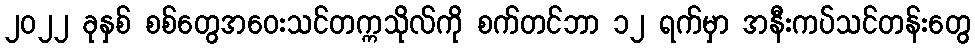
၂၀၂၂ ခုနှစ် စစ်တွေအဝေးသင်တက္ကသိုလ်ကို စက်တင်ဘာ ၁၂ ရက်မှာ အနီးကပ်သင်တန်းတွေ